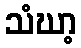
သံဃာ့